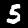
Digit: 5